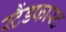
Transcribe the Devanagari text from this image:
स्टैंडफास्ट